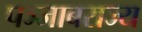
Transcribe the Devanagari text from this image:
पञ्जाबराज्य